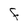
Character: F